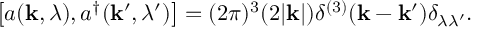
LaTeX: \left[ a ( { \bf k } , \lambda ) , a ^ { \dagger } ( { \bf k } ^ { \prime } , \lambda ^ { \prime } ) \right] = ( 2 \pi ) ^ { 3 } ( 2 | { \bf k } | ) \delta ^ { ( 3 ) } ( { \bf k } - { \bf k } ^ { \prime } ) \delta _ { \lambda \lambda ^ { \prime } } .